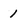
Character: 1